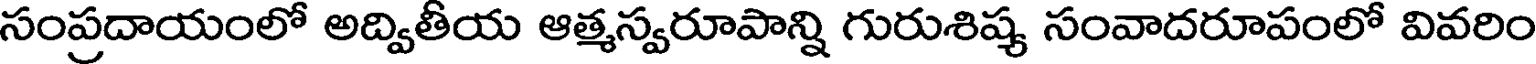
సంప్రదాయంలో అద్వితీయ ఆత్మస్వరూపాన్ని గురుశిష్య సంవాదరూపంలో వివరిం